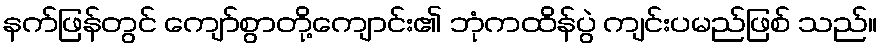
နက်ဖြန်တွင် ကျော်စွာတို့ကျောင်း၏ ဘုံကထိန်ပွဲ ကျင်းပမည်ဖြစ် သည်။